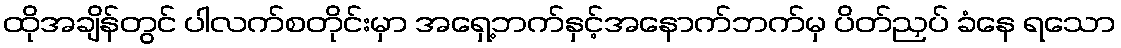
ထိုအချိန်တွင် ပါလက်စတိုင်းမှာ အရှေ့ဘက်နှင့်အနောက်ဘက်မှ ပိတ်ညှပ် ခံနေ ရသော